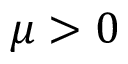
\mu > 0